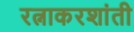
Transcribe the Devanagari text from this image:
रत्नाकरशांती